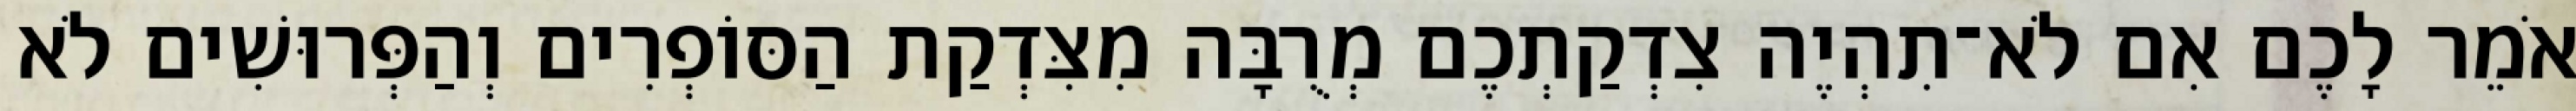
אֹמֵר לָכֶם אִם לֹא־תִהְיֶה צִדְקַתְכֶם מְרֻבָּה מִצִּדְקַת הַסּוֹפְרִים וְהַפְּרוּשִׁים לֹא